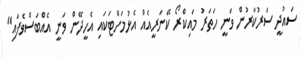
ސައުދީ ސަރުކާރުން ވަނީ ހަތަރު މައިކްރޯ ކޭނަރީއެއް އެޅުމަށްޓަކައި އެހީދޭން ވަނީ އެއްބަސްވެފައި"